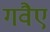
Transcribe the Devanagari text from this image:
गवैए